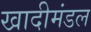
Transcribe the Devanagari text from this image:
खादीमंडल